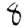
Digit: 8